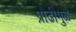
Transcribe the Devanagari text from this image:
प्रौढीमुळे